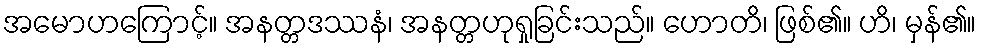
အမောဟကြောင့်။ အနတ္တဒဿနံ၊ အနတ္တဟုရှုခြင်းသည်။ ဟောတိ၊ ဖြစ်၏။ ဟိ၊ မှန်၏။